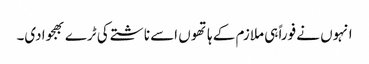
انہوں نے فوراً ہی ملازم کے ہاتھوں اسے ناشتے کی ٹرے بھجوادی۔